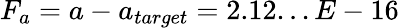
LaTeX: F_{a}=a-a_{target}=2.12...E-16